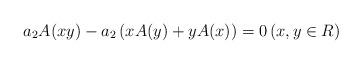
LaTeX: \begin{align*} a_{2}A(xy)-a_{2}\left(xA(y)+yA(x)\right)=0 \left(x, y\in R\right) \end{align*}